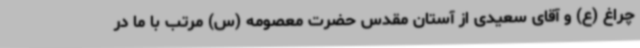
چراغ (ع) و آقای سعیدی از آستان مقدس حضرت معصومه (س) مرتب با ما در